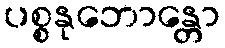
ပစ္စနုဘောန္တော